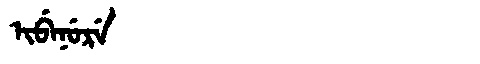
Manchu: ᡳᠪᡝᠨᡠᡵᡝ
Romanization: IBENURE